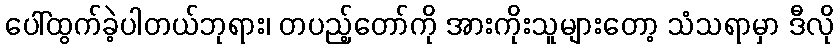
ပေါ်ထွက်ခဲ့ပါတယ်ဘုရား၊ တပည့်တော်ကို အားကိုးသူများတော့ သံသရာမှာ ဒီလို